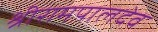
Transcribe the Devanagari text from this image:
श्रीरामपालदेव